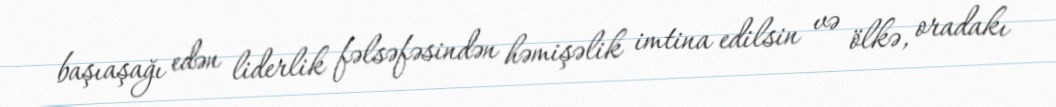
başıaşağı edən liderlik fəlsəfəsindən həmişəlik imtina edilsin və ölkə, oradakı